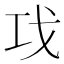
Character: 𰏈